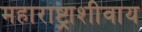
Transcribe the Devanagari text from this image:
महाराष्ट्राशीवाय